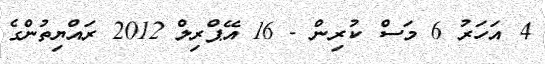
4 އަހަރު 6 މަސް ކުރިން - 16 އޭޕްރިލް 2012 ރައްޔިތުންގެ